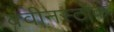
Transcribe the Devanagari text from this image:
क्वीनस्टॉक